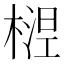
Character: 𬄅